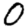
Digit: 0